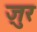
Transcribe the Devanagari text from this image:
ज़ुर